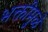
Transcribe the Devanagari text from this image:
भक्तीमुळे